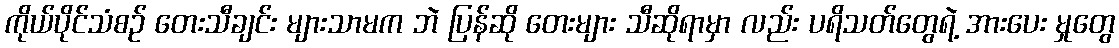
ကိုယ်ပိုင်သံစဉ် တေးသီချင်း များသာမက ဘဲ ပြန်ဆို တေးများ သီဆိုရာမှာ လည်း ပရိသတ်တွေရဲ့ အားပေး မှုတွေ